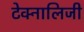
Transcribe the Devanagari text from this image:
टेक्नालिजी